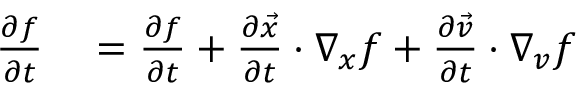
\begin{array} { r l } { \frac { \partial f } { \partial t } } & { { } = \frac { \partial f } { \partial t } + \frac { \partial \Vec { x } } { \partial t } \cdot \nabla _ { x } f + \frac { \partial \Vec { v } } { \partial t } \cdot \nabla _ { v } f } \end{array}